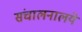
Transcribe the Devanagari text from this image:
संचालनालये